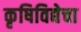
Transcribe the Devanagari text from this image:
कृषिविद्येचा